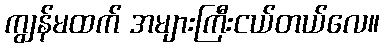
ကျွန်မထက် အများကြီးငယ်တယ်လေ။